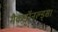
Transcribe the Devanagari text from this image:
मैकडॉनल्ड्स।